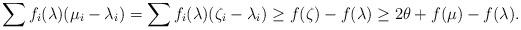
LaTeX: \begin{align*} \sum f_i (\lambda) (\mu_i - \lambda_i) = \sum f_i (\lambda) (\zeta_i - \lambda_i) \geq f (\zeta) - f (\lambda) \geq 2 \theta + f(\mu) - f (\lambda). \end{align*}